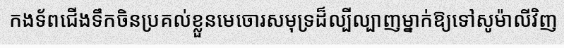
កងទ័ពជើងទឹកចិនប្រគល់ខ្លួនមេចោរសមុទ្រដ៏ល្បីល្បាញម្នាក់ឱ្យទៅសូម៉ាលីវិញ